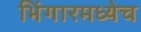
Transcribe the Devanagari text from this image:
भिंगारमध्येच